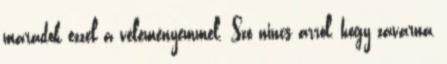
maradok ezzel a véleményemmel. Szó nincs arról, hogy zavarna,